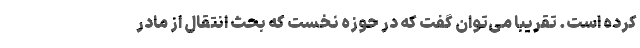
کرده است. تقریبا می‌توان گفت که در حوزه نخست که بحث انتقال از مادر